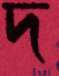
দ